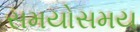
સમયોસમય